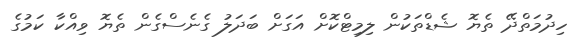
ހިދުމަތްދޭ ތެޔޮ ޝެޑްތަކުން ލިމިޓްކޮށް އަގަށް ބަދަލު ގެނެސްގެން ތެޔޮ ވިއްކާ ކަމުގެ